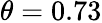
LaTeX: \theta=0.73